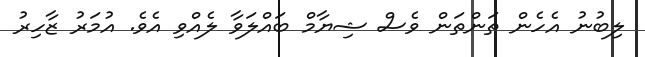
ލިބުނު އެހެން ތަންތަން ވެސް ޝިޔާމް ބައްލަވާ ލެއްވި އެވެ. އުމަރު ޒާހިރު